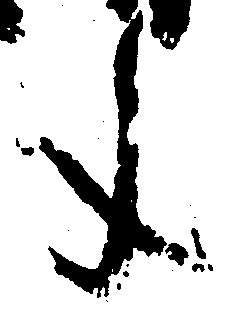
文